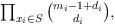
LaTeX: \begin{align*}\begin{minipage}[c]{35pc}$\prod_{x_i\in S} \binom{m_i-1+d_i}{d_i},$\end{minipage}\end{align*}